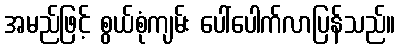
အမည်ဖြင့် စွယ်စုံကျမ်း ပေါ်ပေါက်လာပြန်သည်။